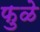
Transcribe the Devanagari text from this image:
फुळे